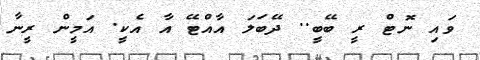
ވައި ނޮޓް ރީ ބޭބީ.. ދޭބަލަ އާއްޓޭ އާ އެކީ. އަމީން ރީނާ